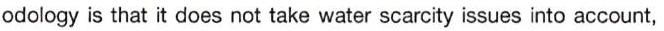
odology is that it does not take water scarcity issues into account,